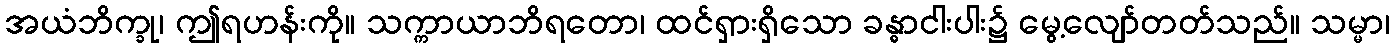
အယံဘိက္ခု၊ ဤရဟန်းကို။ သက္ကာယာဘိရတော၊ ထင်ရှားရှိသော ခန္ဓာငါးပါး၌ မွေ့လျော်တတ်သည်။ သမ္မာ၊